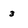
Character: 3